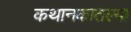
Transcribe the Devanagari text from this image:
कथानकातल्या